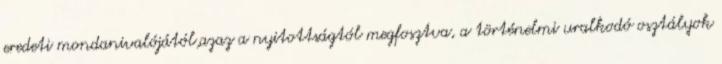
eredeti mondanivalójától,azaz a nyitottságtól megfosztva, a történelmi uralkodó osztályok